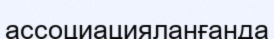
ассоциацияланғанда